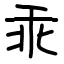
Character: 乖